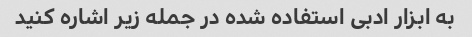
به ابزار ادبی استفاده شده در جمله زیر اشاره کنید